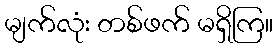
မျက်လုံး တစ်ဖက် မရှိကြ။